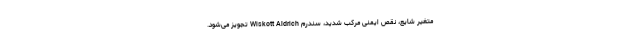
متغیر شایع، نقص ایمنی مرکب شدید، سندرم Wiskott Aldrich تجویز می‌شود.